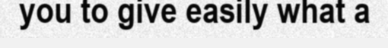
you to give easily what a